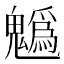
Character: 𩴞